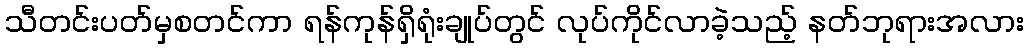
သီတင်းပတ်မှစတင်ကာ ရန်ကုန်ရှိရုံးချုပ်တွင် လုပ်ကိုင်လာခဲ့သည့် နတ်ဘုရားအလား